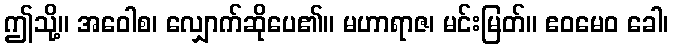
ဤသို့။ အဝေါစ၊ လျှောက်ဆိုပေ၏။ မဟာရာဇ၊ မင်းမြတ်။ ဧဝမေဝ ခေါ၊